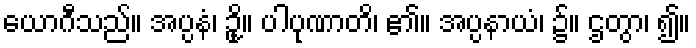
ယောဂီသည်။ အပ္ပနံ၊ ဥို့။ ပါပုဏာတိ၊ ၏။ အပ္ပနာယံ၊ ၌။ ဌတွာ၊ ၍။